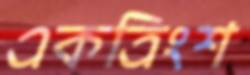
একত্রিংশ